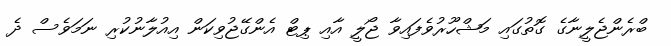
ބްރެންޖެލީނާގެ ގޮތުގައި މަޝްހޫރުވެފައިވާ ޖޯލީ އާއި ޕިޓް އެންގޭޖުވިކަން އިއުލާނުކުރި ނަމަވެސް ދެ